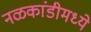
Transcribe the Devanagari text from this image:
नळकांडीमध्ये